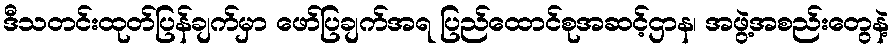
ဒီသတင်းထုတ်ပြန်ချက်မှာ ဖော်ပြချက်အရ ပြည်ထောင်စုအဆင့်ဌာန၊ အဖွဲ့အစည်းတွေနဲ့